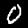
Digit: 0